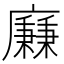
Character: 𢋯